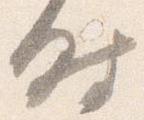
時